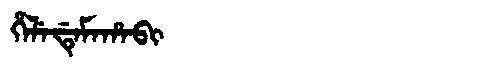
Manchu: ᡥᡝᠯᡝᡩᡝᠮᠠᡥᠠᠪᡳ
Romanization: HELEDEMAHABI